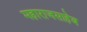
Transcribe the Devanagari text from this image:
महाराजसाहेब